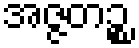
အဇ္ဇတဉ္စ